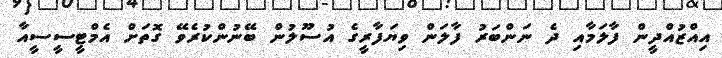
އިއްޒުއްދީން ފާލަމާއި ދެ ނަންބަރު ފާލަން ވިޔަފާރީގެ އުސޫލުން ބޭނުންކުރެވޭ ގޮތަށް އެމްޓީސީސީއާ